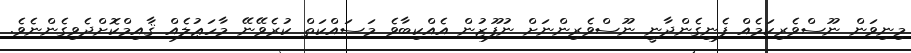
މިނިވަން ނޫސްވެރިކަމެއް ފެނިގެންދާނީ ނޫސްވެރިންނަށް ނުފޫޒުން އެއްކިބާވެ މަސައްކަތް ކުރެވޭނޭ މާހަޢުލެއް ޤާއިމްކޮށްދެވިގެންނެވެ.